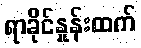
ရာခိုင်နှုန်းထက်